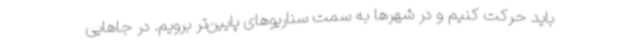
باید حرکت کنیم و در شهرها به سمت سناریوهای پایین‌تر برویم. در جاهایی